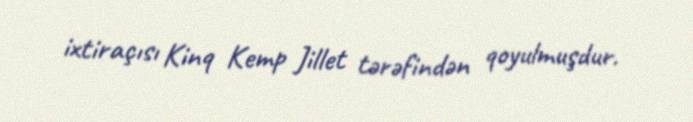
ixtiraçısı Kinq Kemp Jillet tərəfindən qoyulmuşdur.